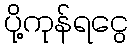
ပို့ကုန်ရငွေ